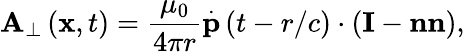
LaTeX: \mathbf{A}_{\perp}\left(\mathbf{x},t\right)=\frac{\mu_{0}}{4\pi r}\overset{.}{\mathbf{p}}\left(t-r/c\right)\cdot\left(\mathbf{I}-\mathbf{nn}\right),